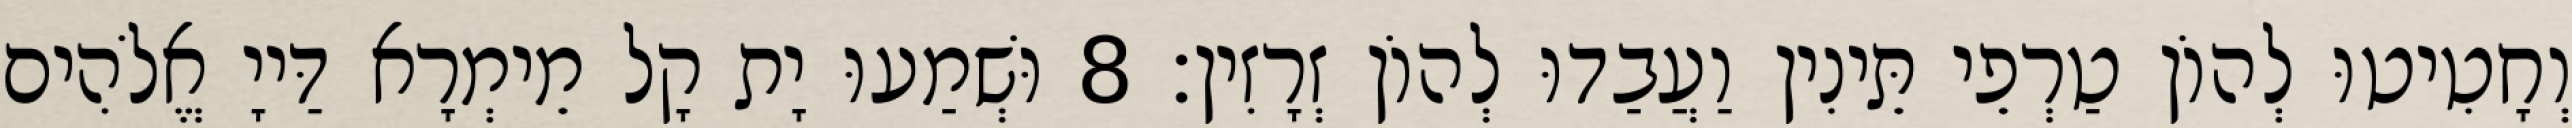
וְחָטִיטוּ לְהוֹן טַרְפֵי תֵּינִין וַעֲבַדוּ לְהוֹן זְרָזִין׃ 8 וּשְׁמַעוּ יָת קָל מֵימְרָא דַּייָ אֱלֹהִים